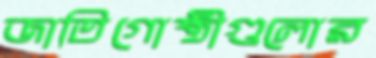
জাতিগোষ্ঠীগুলোর